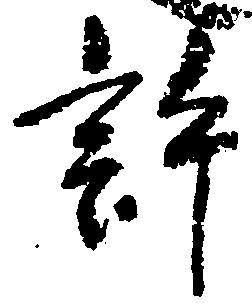
許